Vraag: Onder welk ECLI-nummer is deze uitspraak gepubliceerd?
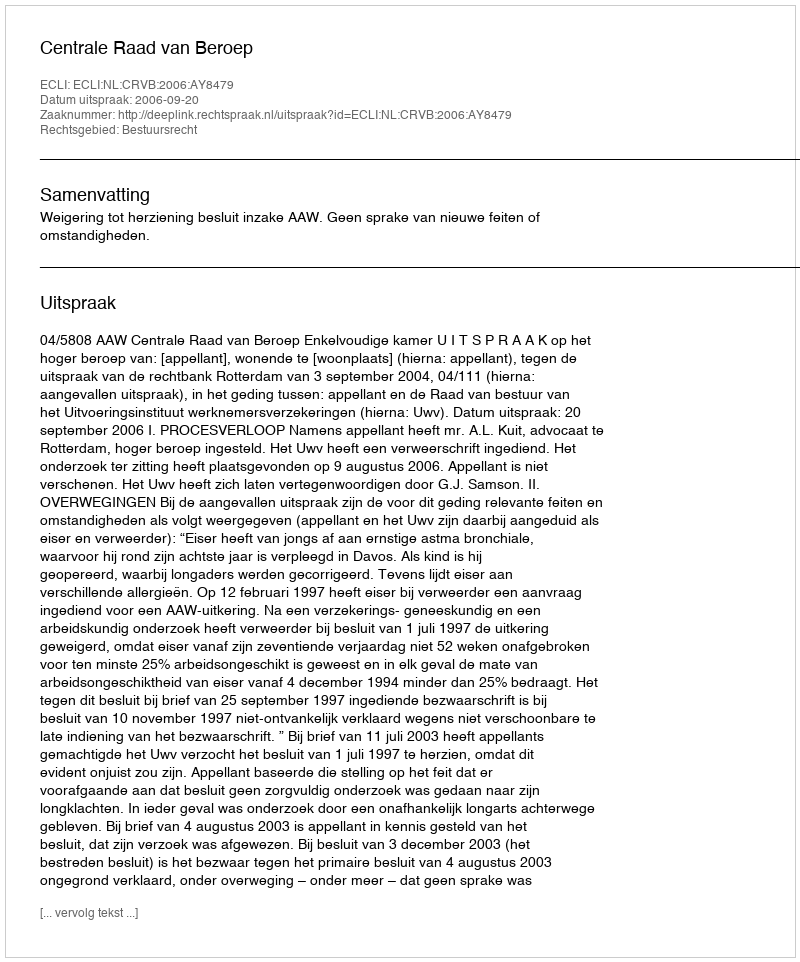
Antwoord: ECLI:NL:CRVB:2006:AY8479